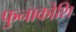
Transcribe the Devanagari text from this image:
फुनाकोशि